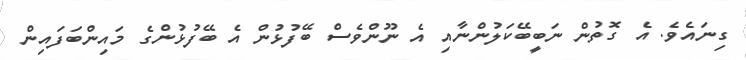
ގިނައެވެ. އެ ގޮތުން ނަބީބޭކަލުންނާއި އެ ނޫންވެސް ބޭފުޅުން އެ ބޭފުޅުންގެ މައިންބަފައިން